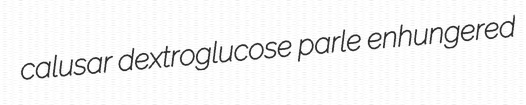
calusar dextroglucose parle enhungered